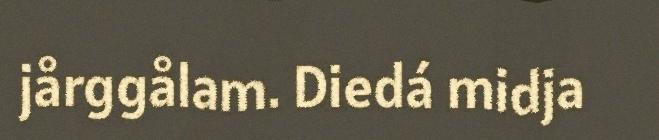
jårggålam. Diedá midja